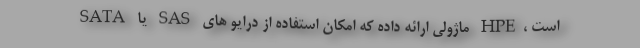
است ،HPE ماژولی ارائه داده که امکان استفاده از درایو های SAS یا SATA